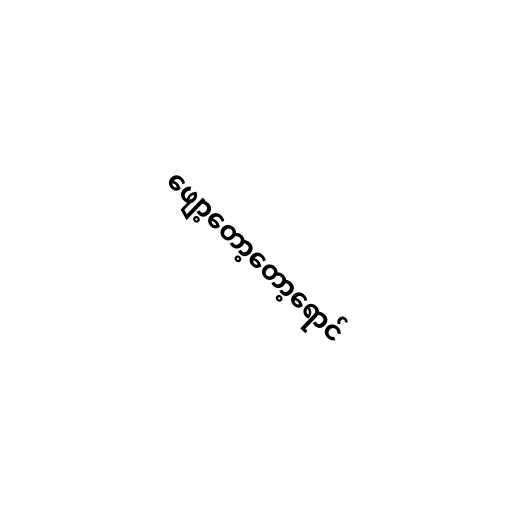
ဖျော့တော့တော့ရောင်